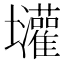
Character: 𱘝